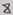
Text: 8